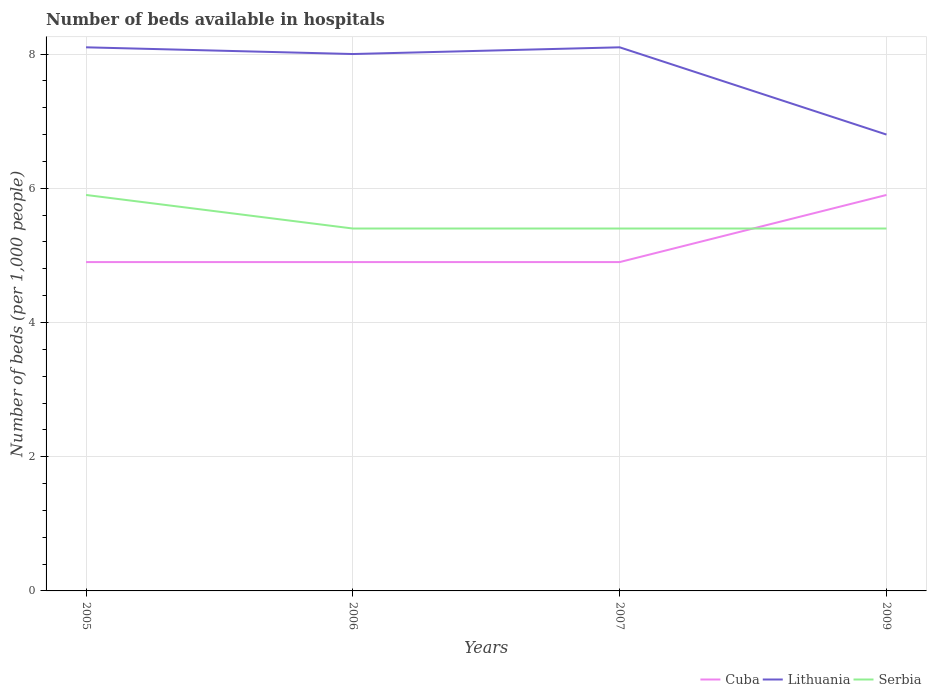
| Years | Cuba | Lithuania | Serbia |
 | --- | --- | --- | --- |
 | 2005 | 4.9 | 8.1 | 5.9 |
 | 2006 | 4.9 | 8 | 5.4 |
 | 2007 | 4.9 | 8.1 | 5.4 |
 | 2009 | 5.9 | 6.8 | 5.4 |